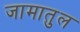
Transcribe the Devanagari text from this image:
जामातुल